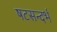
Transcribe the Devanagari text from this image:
षटसन्दर्भ